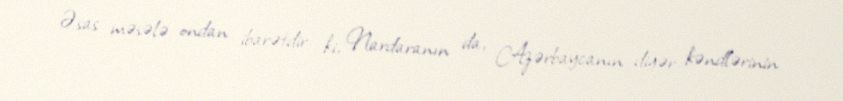
Əsas məsələ ondan ibarətdir ki, Nardaranın da, Azərbaycanın digər kəndlərinin